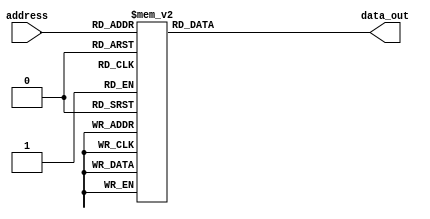
module rom (
	input  wire [3:0]address,
	output reg  [6:0]data_out
);

	always@(*)begin
		case(address)
			4'b0000 : data_out <= 7'b0000001;
			4'b0001 : data_out <= 7'b1001111;
			4'b0010 : data_out <= 7'b0010010;
			4'b0011 : data_out <= 7'b0000110;
			4'b0100 : data_out <= 7'b1001100;
			4'b0101 : data_out <= 7'b0100100;
			4'b0110 : data_out <= 7'b0100000;
			4'b0111 : data_out <= 7'b0001111;
			4'b1000 : data_out <= 7'b0000000;
			4'b1001 : data_out <= 7'b0000100;
			4'b1010 : data_out <= 7'b0001000;
			4'b1011 : data_out <= 7'b1100000;
			4'b1100 : data_out <= 7'b0110001;
			4'b1101 : data_out <= 7'b1000010;
			4'b1110 : data_out <= 7'b0110000;
			4'b1111 : data_out <= 7'b0111000;
			endcase
		end
	endmodule